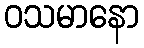
ဝသမာနော